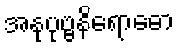
အနုပုဗ္ဗနိရောဓော